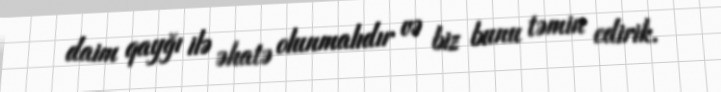
daim qayğı ilə əhatə olunmalıdır və biz bunu təmin edirik.